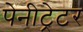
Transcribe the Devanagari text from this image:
पेनीट्रेटर